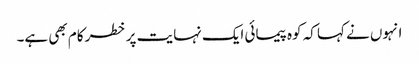
انہوں نے کہا کہ کوہ پیمائی ایک نہایت پر خطر کام بھی ہے۔